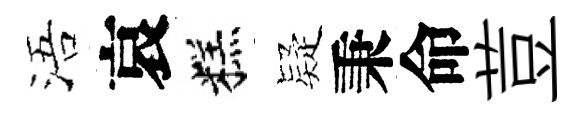
浯哀糕疑秉命荳